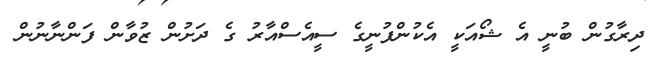
ދިރާގުން ބުނީ އެ ޝޯއަކީ އެކުންފުނީގެ ސީއެސްއާރު ގެ ދަށުން ޒުވާން ފަންނާނުން